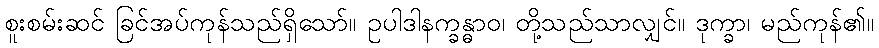
စူးစမ်းဆင် ခြင်အပ်ကုန်သည်ရှိသော်။ ဥပါဒါနက္ခန္ဓာဝ၊ တို့သည်သာလျှင်။ ဒုက္ခာ၊ မည်ကုန်၏။